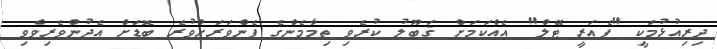
ދިރިއުޅުމަކީ "ފެއަރީ ޓޭލް" އެއްކަމަށް ޤަބޫލު ކުރެވި ތިމާމެންގެ ފެންވަރަށްވުރެ ބޮޑަށް އެދުންވެރިވެވި